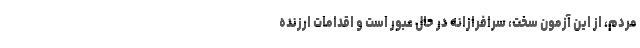
مردم، از این آزمونِ سخت، سرافرازانه در حال عبور است و اقدامات ارزنده